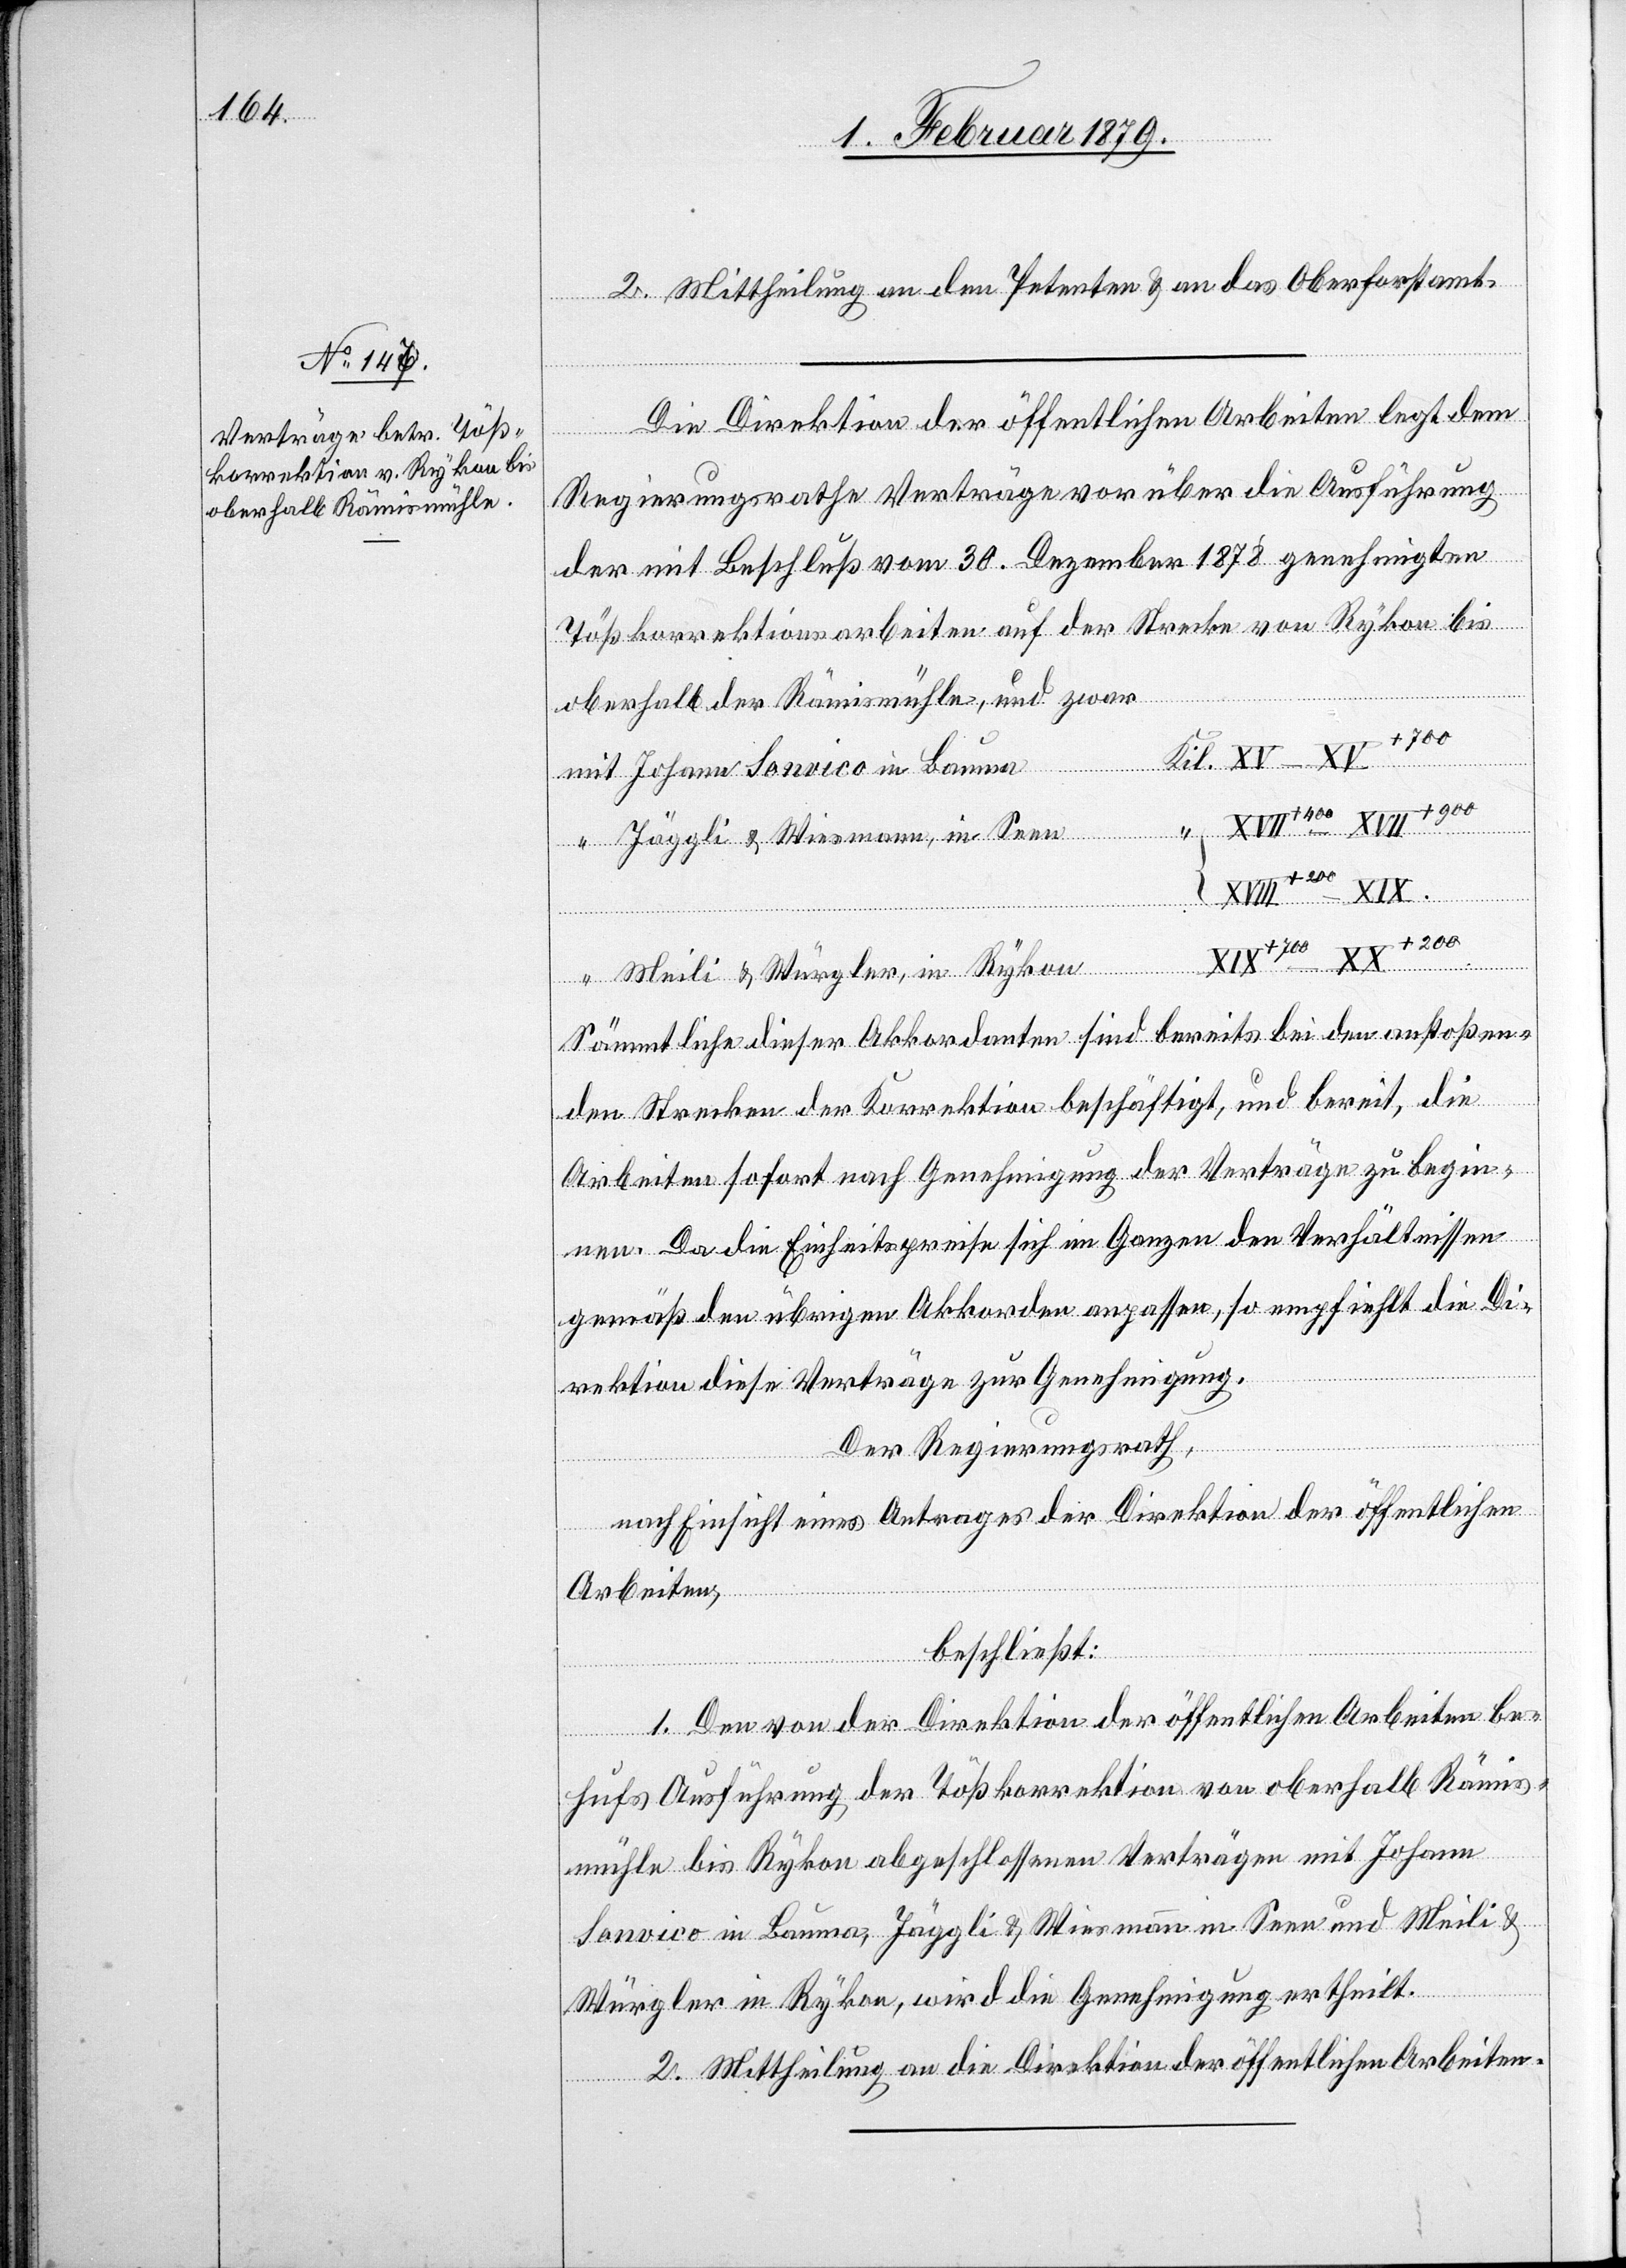
2. Mittheilung an den Petenten & an das Oberforstamt.
Die Direktion der öffentlichen Arbeiten legt dem
Regierungsrathe Verträge vor über die Ausführung
der mit Beschluß vom 30. Dezember 1878 genehmigten
Tößkorrektionsarbeiten auf der Strecke von Rykon bis
oberhalb der Rämismühle, und zwar
Sonvico in
mit
Jäggli & Wiesmann, in Seen
Bauma
Meili & Würgler, in Rykon
Sämtliche dieser Akkordanten sind bereits bei den anstoßen¬
den Strecken der Korrektion beschäftigt, und bereit, die
Arbeiten sofort nach Genehmigung der Verträge zu begin¬
nen. Da die Einheitspreise sich im Ganzen den Verhältnissen
gemäß den übrigen Akkorden anpassen, so empfiehlt die Di¬
rektion diese Verträge zur Genehmigung.
Der Regierungsrath,
nach Einsicht eines Antrages der Direktion der öffentlichen
Arbeiten,
beschließt:
1. Den von der Direktion der öffentlichen Arbeiten be¬
hufs Ausführung der Tößkorrektion von oberhalb Rämis¬
mühle bis Rykon abgeschlossenen Verträgen mit Johann
Sonvico in Bauma, Jäggli & Wiesmann in Seen und Meili &
Kil.
Würgler in Rykon, wird die Genehmigung ertheilt.
2. Mittheilung an die Direktion der öffentlichen Arbeiten.